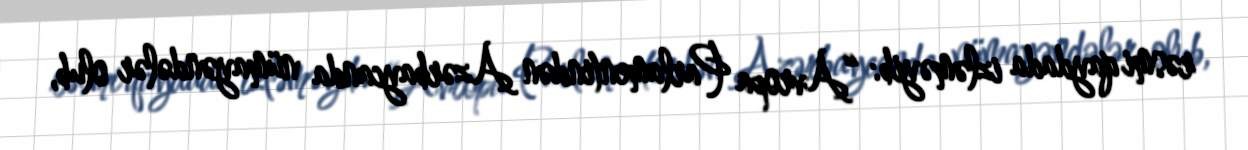
rəsmi qaydada izləməyib: “Avropa Parlamentindən Azərbaycanda nümayəndələr olub,